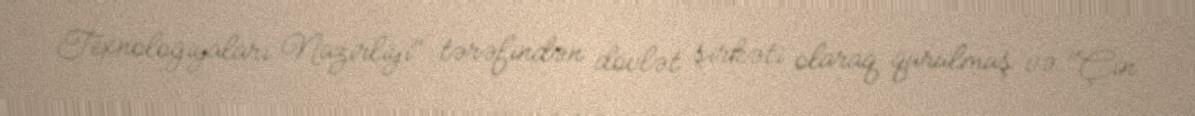
Texnologiyaları Nazirliyi" tərəfindən dövlət şirkəti olaraq qurulmuş və "Çin